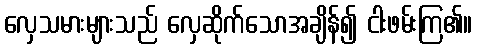
လှေသမားများသည် လှေဆိုက်သောအချိန်၍ ငါးဖမ်းကြ၏။